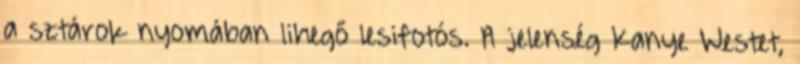
a sztárok nyomában lihegő lesifotós. A jelenség Kanye Westet,